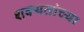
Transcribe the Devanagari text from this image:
शक्यतांच्या